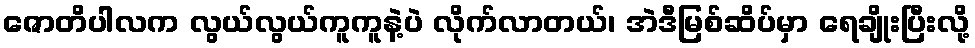
ဇောတိပါလက လွယ်လွယ်ကူကူနဲ့ပဲ လိုက်လာတယ်၊ အဲဒီမြစ်ဆိပ်မှာ ရေချိုးပြီးလို့